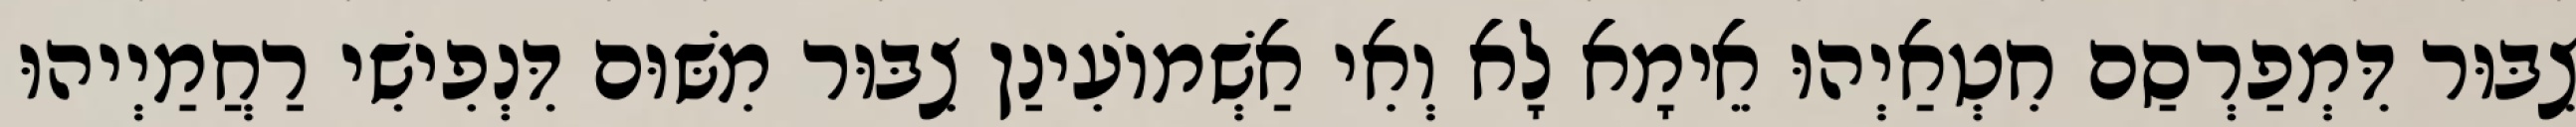
צִבּוּר דִּמְפַרְסַם חִטְאַיְהוּ אֵימָא לָא וְאִי אַשְׁמוֹעִינַן צִבּוּר מִשּׁוּם דִּנְפִישִׁי רַחֲמַיְיהוּ